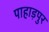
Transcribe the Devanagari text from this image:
पाहाड़पुर